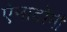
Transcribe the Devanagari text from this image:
ऐनाटोमी